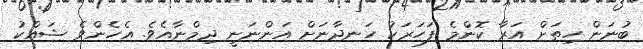
ބުނަން ހިތަށް އަރާ ކޮންމެ ފަހަރަކު ހަނދާނަށް އަންނަނީ ދިމްނާއެވެ. އެހެންވެ ޝައްކު